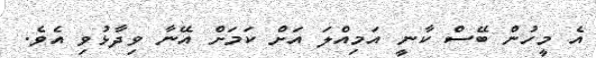
އެ މީހުން ބޭސް ކާނީ އަމިއްލަ އަށް ކަމަށް އޭނާ ވިދާޅުވި އެވެ.